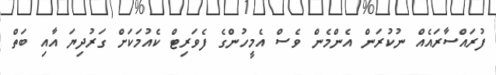
ފުރައްސާރައެއް ނުކުރަން އެންމެން ވެސް އެމީހުންގެ ފެވަރިޓް ކެއުމަކަށް ގަރުދިޔަ އާއި ބަތް